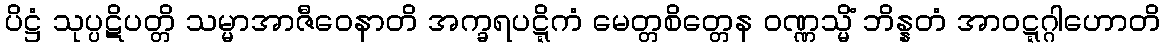
ပိဋ္ဌံ သုပ္ပဋိပတ္တိ သမ္မာအာဇီဝေနာတိ အက္ခရပဋ္ဋိကံ မေတ္တစိတ္တေန ဝဏ္ဏသ္မိံ ဘိန္နတံ အာဝဋ္ဋဂ္ဂါဟောတိ